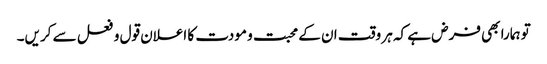
تو ہمارا بھی فرض ہے کہ ہر وقت ان کے محبت و مودت کا اعلان قول و فعل سے کریں۔